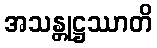
အသန္တုဋ္ဌဿာတိ